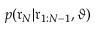
p ( \mathfrak { r } _ { N } | \mathfrak { r } _ { 1 : N - 1 } , \vartheta )